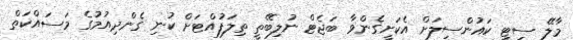
މާލޭ ސިޓީ ކައުންސިލަށް އެކަށީގެންވާ ބަޖެޓް ނުލިބޭތީ ތިލަފުއްޓަށް ކުނި ގެންދިއުމުގެ މަސައްކަތް